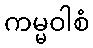
ကမ္မဝါစံ